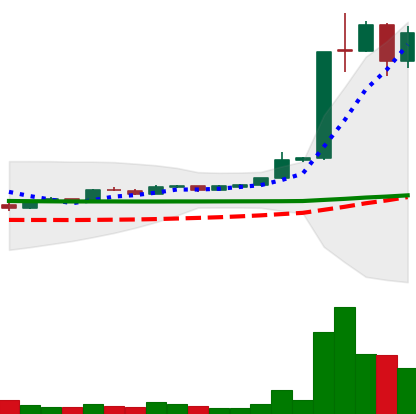
Ticker: LTC-USD
Chart end date: 2015-06-20
Forward return: -6.113%
Label: down_5_7